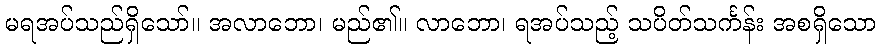
မရအပ်သည်ရှိသော်။ အလာဘော၊ မည်၏။ လာဘော၊ ရအပ်သည့် သပိတ်သင်္ကန်း အစရှိသော